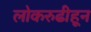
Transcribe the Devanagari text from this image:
लोकरुढीहून